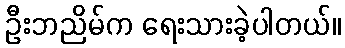
ဦးဘညိမ်က ရေးသားခဲ့ပါတယ်။